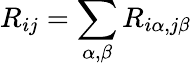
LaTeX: R_{ij}=\sum_{\alpha,\beta}R_{i\alpha,j\beta}